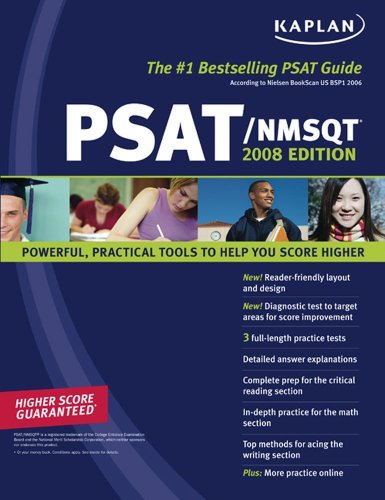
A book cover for Kaplan PSAT 2007 Edition (Kaplan PSAT/NMSQT); Kaplan; Test Preparation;